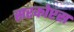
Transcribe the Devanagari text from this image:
सरकोप्टस